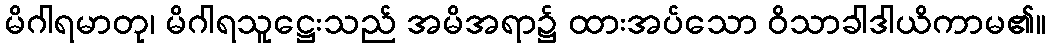
မိဂါရမာတု၊ မိဂါရသူဋ္ဌေးသည် အမိအရာ၌ ထားအပ်သော ဝိသာခါဒါယိကာမ၏။